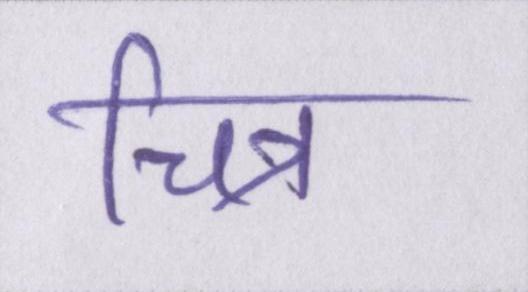
चित्र